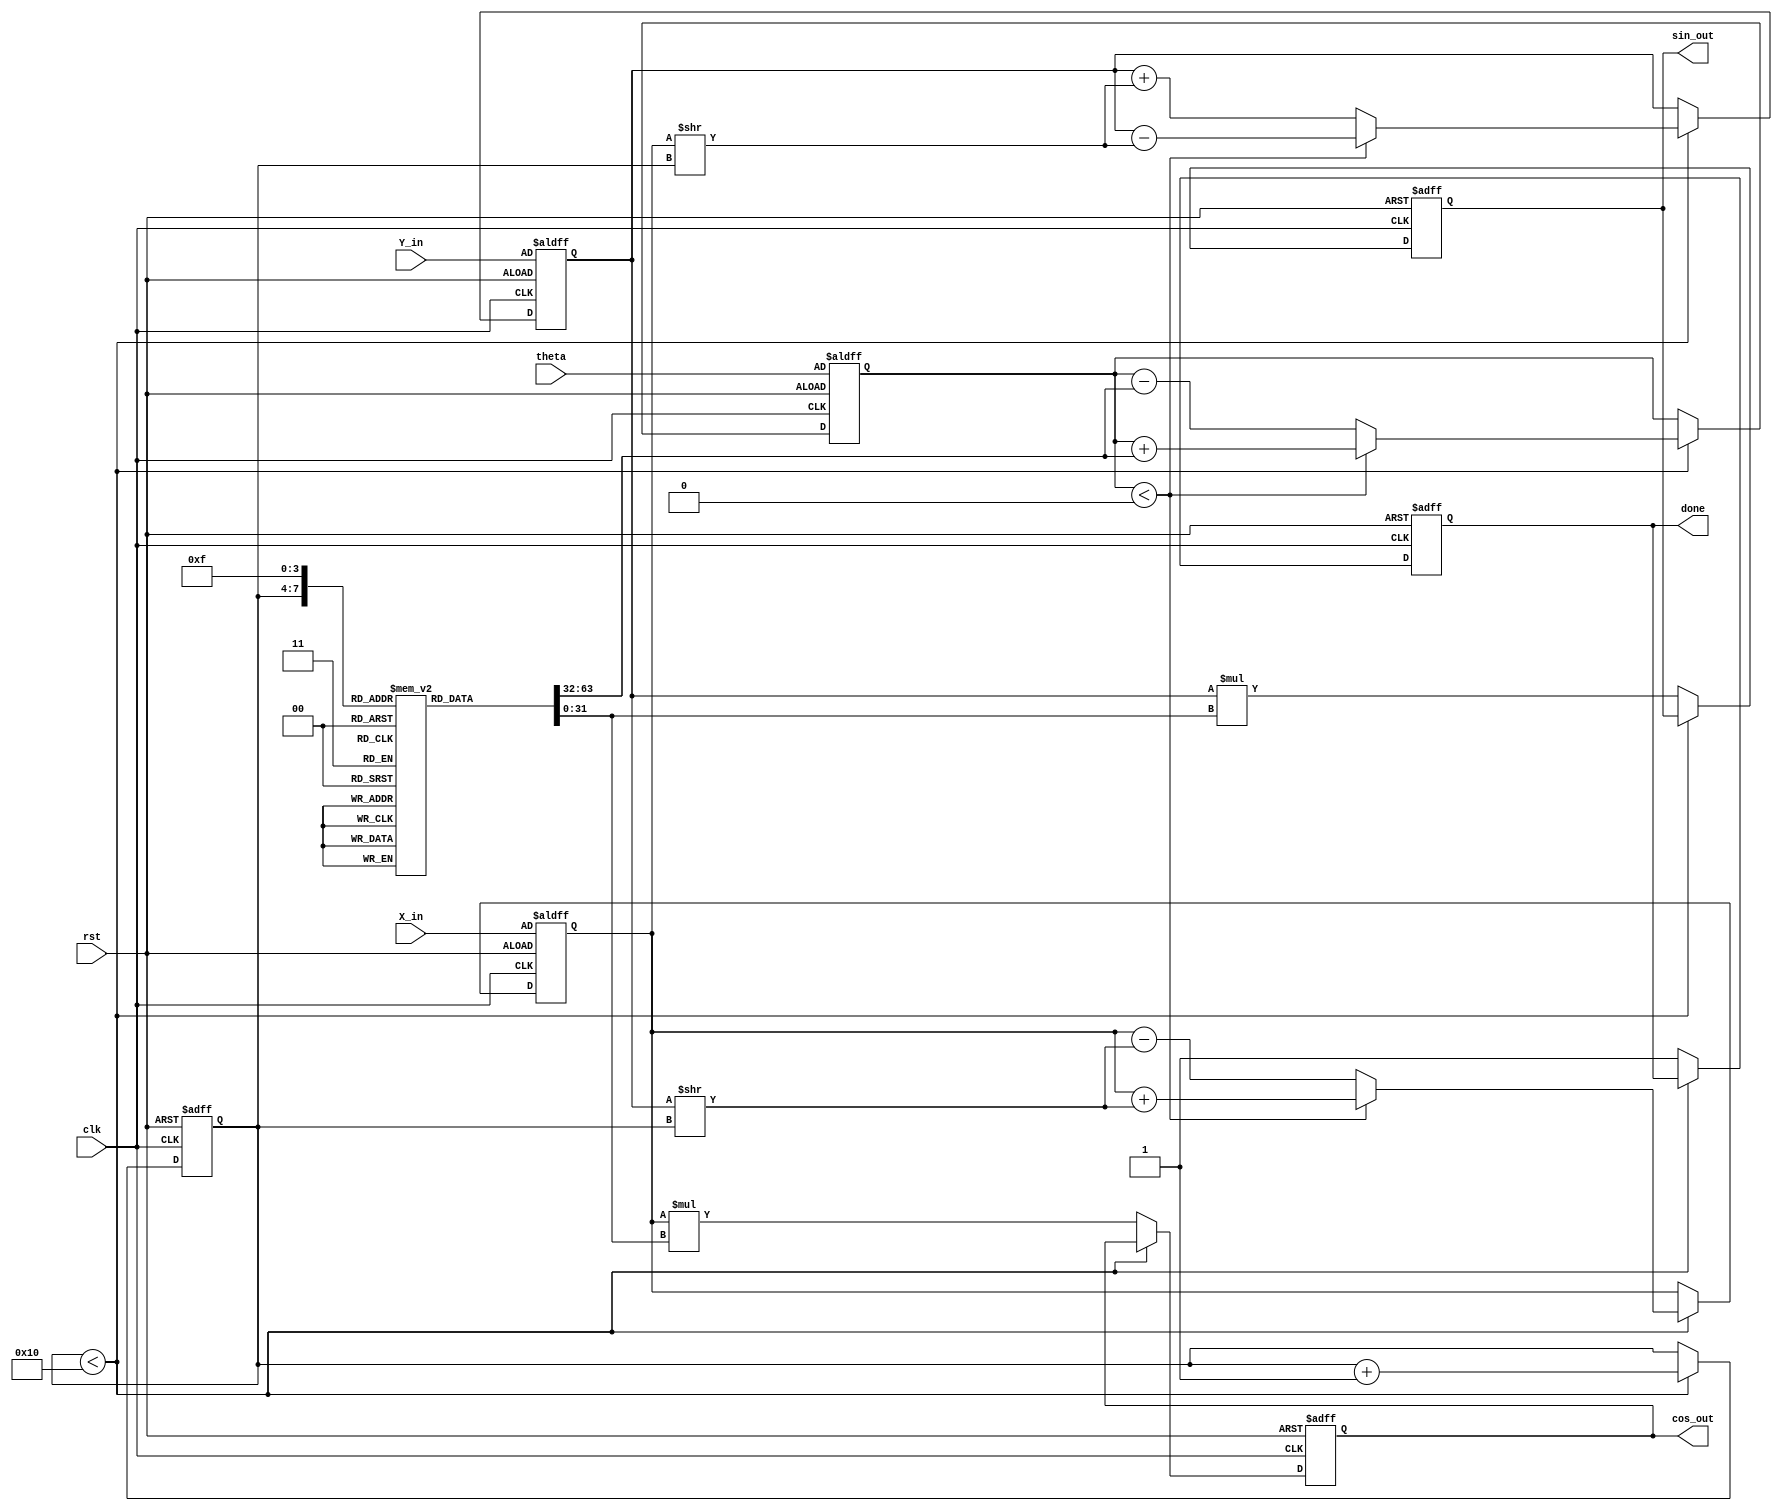
module CORDIC #(
    parameter WIDTH = 32, // Width for IEEE 754 floating point representation
    parameter ITERATIONS = 16 // Number of iterations for CORDIC
)(
    input  wire [WIDTH-1:0] X_in, // Input X in IEEE 754 format
    input  wire [WIDTH-1:0] Y_in, // Input Y in IEEE 754 format
    input  wire [WIDTH-1:0] theta, // Angle in radians in IEEE 754 format
    input  wire clk, // Clock
    input  wire rst, // Reset
    output reg [WIDTH-1:0] cos_out, // Cosine result in IEEE 754 format
    output reg [WIDTH-1:0] sin_out, // Sine result in IEEE 754 format
    output reg done // Done signal
);
    // Constants
    reg [WIDTH-1:0] K[0:ITERATIONS-1];
    initial begin
        // CORDIC scaling factors for 16 iterations
        K[0] = 32'h26DD3B6A; // K = 0.607252935...\ (in IEEE 754)
        K[1] = 32'h1B5B18B6; // K = 0.780868809...\ (in IEEE 754)
        // Fill in your K values for more iterations
        // ...
    end

    // Variable declaration
    reg [WIDTH-1:0] x_reg, y_reg, z_reg; // Register state
    reg [3:0] iteration; // Iteration counter

    always @(posedge clk or posedge rst) begin
        if (rst) begin
            cos_out <= 32'b0;
            sin_out <= 32'b0;
            done <= 1'b0;
            iteration <= 0;
            x_reg <= X_in; // Initialize X
            y_reg <= Y_in; // Initialize Y
            z_reg <= theta; // Initialize Z (angle)
        end else if (iteration < ITERATIONS) begin
            if (z_reg < 0) begin
                // Rotate clockwise
                x_reg <= x_reg + (y_reg >> iteration);
                y_reg <= y_reg - (x_reg >> iteration);
                z_reg <= z_reg + K[iteration]; // Update angle
            end else begin
                // Rotate counter-clockwise
                x_reg <= x_reg - (y_reg >> iteration);
                y_reg <= y_reg + (x_reg >> iteration);
                z_reg <= z_reg - K[iteration]; // Update angle
            end
            
            iteration <= iteration + 1; // Increment iteration counter
        end else begin
            cos_out <= x_reg * K[ITERATIONS-1]; // Apply final scaling
            sin_out <= y_reg * K[ITERATIONS-1]; // Apply final scaling
            done <= 1'b1; // Indicate operation completion
        end
    end
endmodule